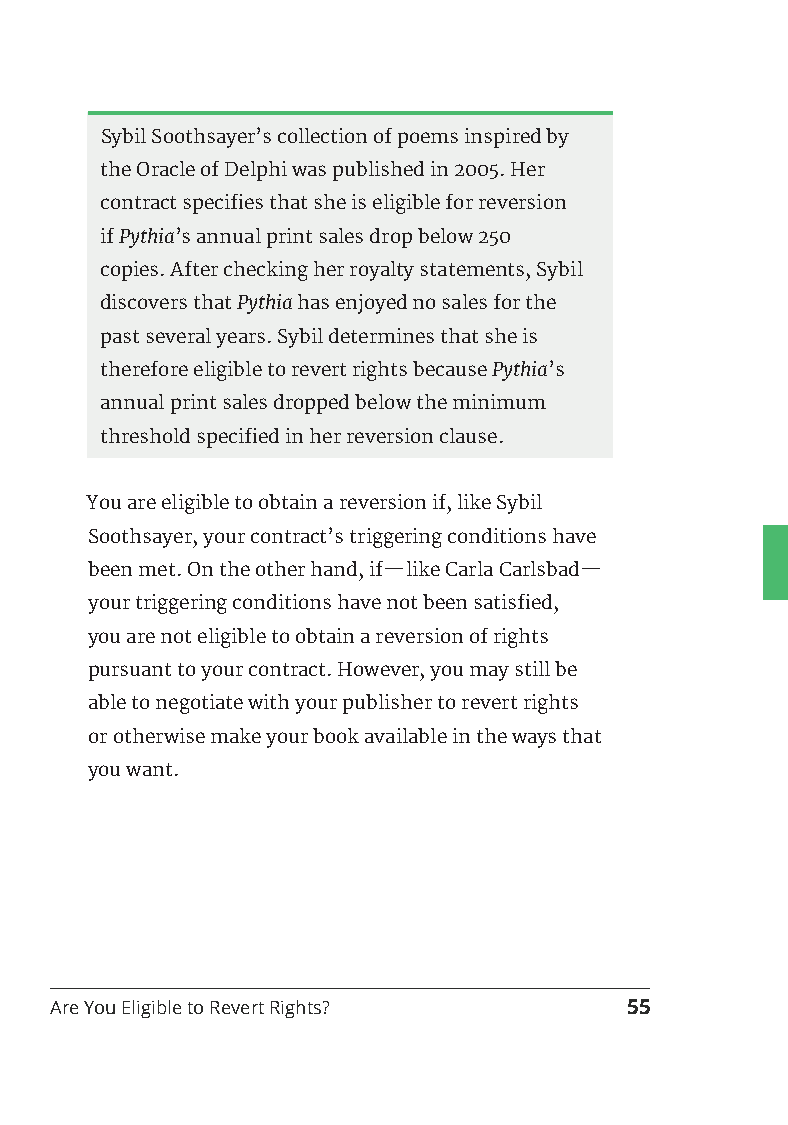
Sybil Soothsayer’s collection of poems inspired by
 the Oracle of Delphi was published in 2005. Her
 contract specifies that she is eligible for reversion
 if Pythia’s annual print sales drop below 250
 copies. After checking her royalty statements, Sybil
 discovers that Pythia has enjoyed no sales for the
 past several years. Sybil determines that she is
 therefore eligible to revert rights because Pythia’s
 annual print sales dropped below the minimum
 threshold specified in her reversion clause.
 You are eligible to obtain a reversion if, like Sybil
 Soothsayer, your contract’s triggering conditions have
 been met. On the other hand, if—like Carla Carlsbad—
 your triggering conditions have not been satisfied,
 you are not eligible to obtain a reversion of rights
 pursuant to your contract. However, you may still be
 able to negotiate with your publisher to revert rights
 or otherwise make your book available in the ways that
 you want.
 Are You Eligible to Revert Rights?    55